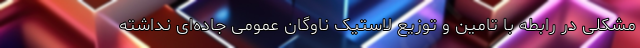
مشکلی در رابطه با تامین و توزیع لاستیک ناوگان عمومی جاده‌ای نداشته